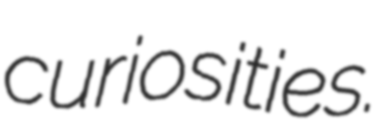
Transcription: curiosities.